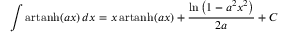
\int \operatorname { a r t a n h } ( a x ) \, d x = x \operatorname { a r t a n h } ( a x ) + { \frac { \ln \left( 1 - a ^ { 2 } x ^ { 2 } \right) } { 2 a } } + C